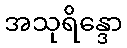
အသုရိန္ဒော